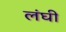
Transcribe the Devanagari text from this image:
लंघी